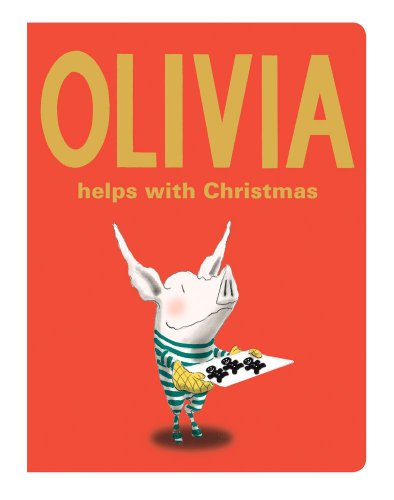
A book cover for Olivia Helps with Christmas (Classic Board Books); Ian Falconer; Children's Books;